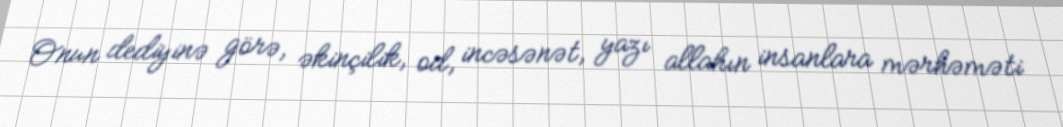
Onun dediyinə görə, əkinçilik, od, incəsənət, yazı allahın insanlara mərhəməti